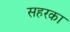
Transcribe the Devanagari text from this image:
सहरका